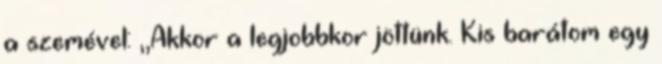
a szemével: ,,Akkor a legjobbkor jöttünk. Kis barátom egy